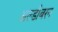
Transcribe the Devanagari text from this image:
अल्डीबरन